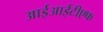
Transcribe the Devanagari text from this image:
आईआईटीएफ